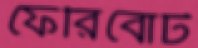
ফেরিবোট